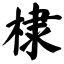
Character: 棣